Notes on vaccination in the North-West Frontier Province 1923-1928 - 1923-1928
Year: 1923
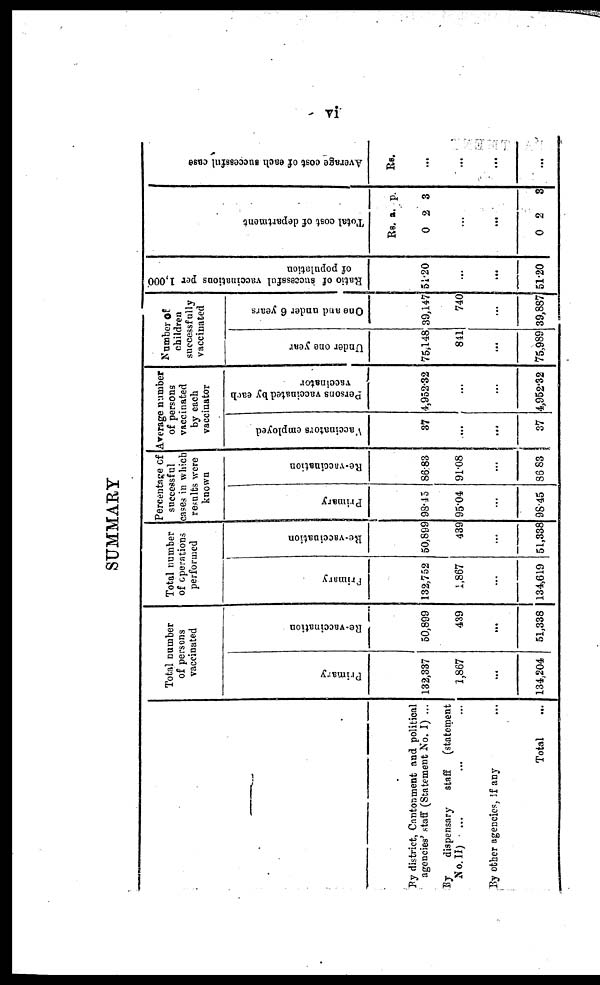
vi
SUMMARY
By district, Cantonment and political
agencies' staff (Statement No. I) ...
By
dispensary
staff
(statement
No.II)
... ... ...
By other agencies, if any ...
Total ...
Total number
of persons
vaccinated
Primary
132,337
1,867
...
134,204
Re-vaccination
50,899
439
...
51,338
Total number
of operations
performed
Primary
132,752
1,867
...
134,619
Re-vaccination
50,899
439
...
51,338
Percentage of
successful
cases in which
results were
known
Primary
98.45
95.04
...
98.45
Re-vaccination
86.83
91.08
...
86.83
Average number
of persons
vaccinated
by each
vaccinator
Vaccinator employed
37
...
...
37
Persons vaccinated by each
vaccinator
4,952.32
...
...
4,952.32
Number of
children
successfully
vaccinated
Under one year
75,148
841
...
75,989
One and under 6 years
39,147
740
...
39,887
Ratio of successful vaccinations per 1,000
of population
51.20
...
...
51.20
Total cost of department
Rs.
0
a.
2
p.
3
...
...
0 2
3
Average cost of each successful case
Rs.
...
...
...
...